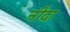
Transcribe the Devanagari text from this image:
नींदा